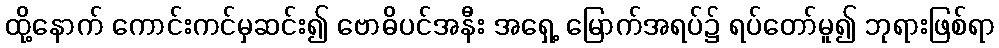
ထို့နောက် ကောင်းကင်မှဆင်း၍ ဗောဓိပင်အနီး အရှေ့ မြောက်အရပ်၌ ရပ်တော်မူ၍ ဘုရားဖြစ်ရာ